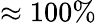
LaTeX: \approx 100\%